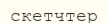
скетчтер